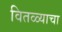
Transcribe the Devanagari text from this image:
वितळ्याचा